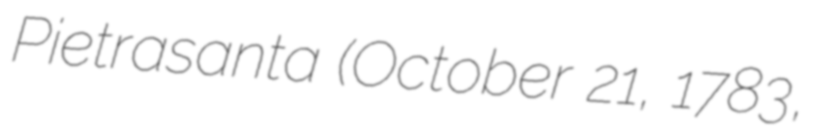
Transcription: Pietrasanta (October 21, 1783,